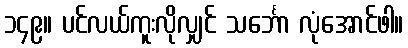
၁၄၉။ ပင်လယ်ကူးလိုလျှင် သင်္ဘော လုံအောင်ဖါ။